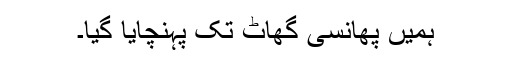
ہمیں پھانسی گھاٹ تک پہنچایا گیا۔